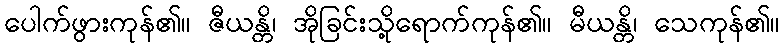
ပေါက်ဖွားကုန်၏။ ဇီယန္တိ၊ အိုခြင်းသို့ရောက်ကုန်၏။ မီယန္တိ၊ သေကုန်၏။